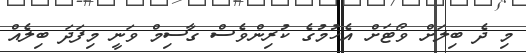
މި ދެ ބިލަށް ވޯޓަށް އެހުމުގެ ކުރިންވެސް ގާސިމް ވަނީ މިފަދަ ބިލެއް